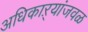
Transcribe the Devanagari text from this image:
अधिकाऱ्यांजवळ